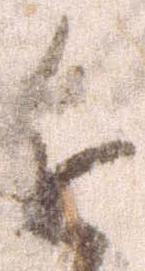
近